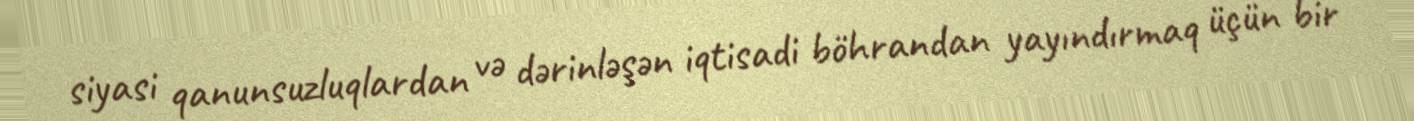
siyasi qanunsuzluqlardan və dərinləşən iqtisadi böhrandan yayındırmaq üçün bir